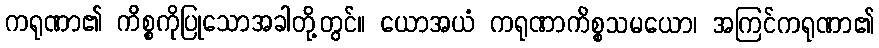
ကရုဏာ၏ ကိစ္စကိုပြုသောအခါတို့တွင်။ ယောအယံ ကရုဏာကိစ္စသမယော၊ အကြင်ကရုဏာ၏